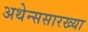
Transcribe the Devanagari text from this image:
अथेन्ससारख्या